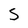
Character: S